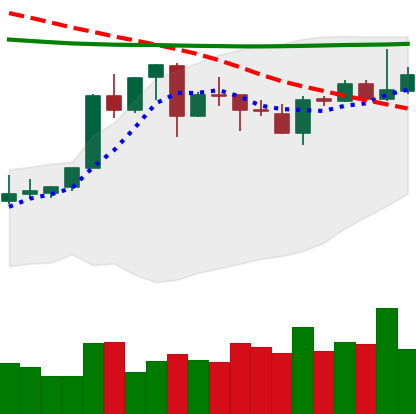
Ticker: XLM-USD
Chart end date: 2020-04-21
Forward return: 22.018%
Label: up_7plus